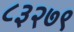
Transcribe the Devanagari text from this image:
८३२७९